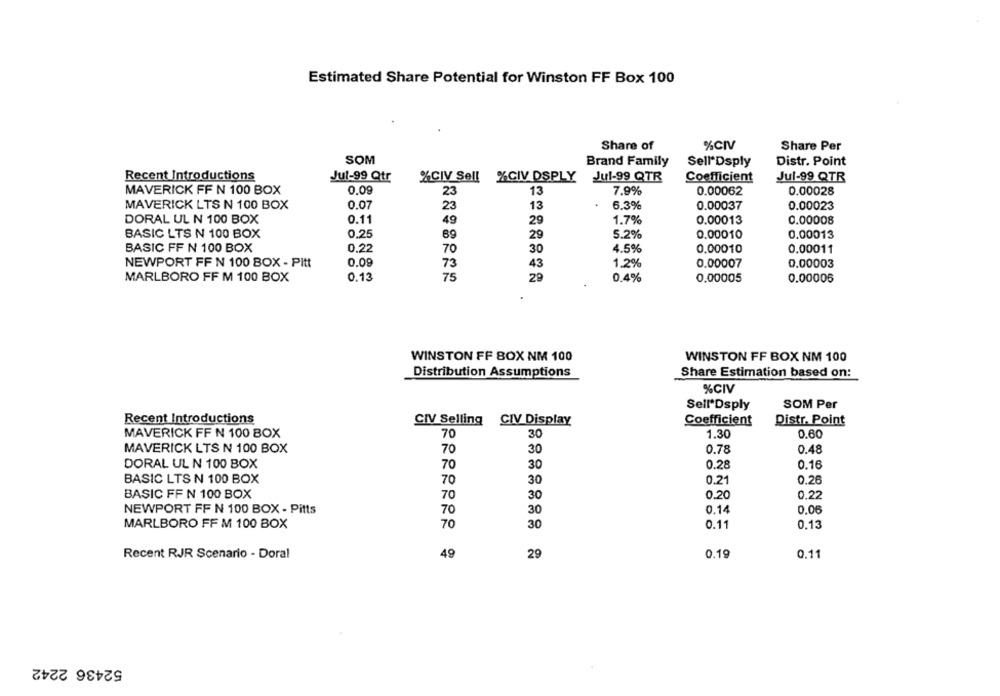
Estimated Share Potential for Winston FF Box 100
Share of
%CIV
Share Per
SOM
Brand Family
Sell*Dsply
Distr. Point
Recent Introductions
Jul-99 Qtr
%CIV Sell %CIV DSPLY
Jul-99 QTR
Coefficient
Jul-99 QTR
MAVERICK FF N 100 BOX
0.09
23
13
7.9%
0.00062
0.00028
MAVERICK LTS N 100 BOX
0.07
23
13
6.3%
0.00037
0.00023
DORAL UL N 100 BOX
0.11
49
29
1.7%
0.00013
0.00008
BASIC LTS N 100 BOX
0.25
69
29
5.2%
0.00010
0.00013
BASIC FF N 100 BOX
0.22
70
30
4.5%
0.00010
0.00011
NEWPORT FF N 100 BOX - Pitt
0.09
73
1.2%
0.00007
0.00003
43
MARLBORO FF M 100 BOX
0.13
75
29
0.4%
0.00005
0.00006
WINSTON FF BOX NM 100
WINSTON FF BOX NM 100
Distribution Assumptions
Share Estimation based on:
%CIV
Sell*Dsply
SOM Per
Recent Introductions
CIV Selling CIV Display
Coefficient
Distr. Point
MAVERICK FF N 100 BOX
70
30
1.30
0.60
MAVERICK LTS N 100 BOX
70
30
0.78
0.48
DORAL UL N 100 BOX
70
30
0.28
0.16
BASIC LTS N 100 BOX
0.21
0.26
70
30
BASIC FF N 100 BOX
70
30
0.20
0,22
0.14
NEWPORT FF N 100 BOX - Pitts
70
30
0.06
MARLBORO FF M 100 BOX
70
30
0.11
0.13
Recent RJR Scenario - Doral
49
29
0.19
0.11
52436 2242